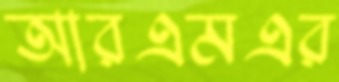
আরএমএর